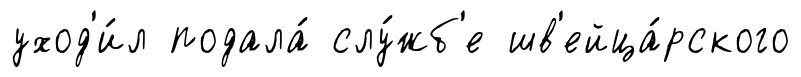
уход'и́л подала́ слу́жб'е шв'ейца́рского